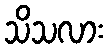
သိသလား